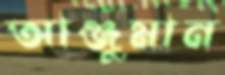
আঞ্জুমান